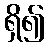
ရှိ၍